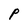
Character: P